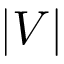
| V |